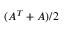
( A ^ { T } + A ) / 2